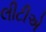
લીટીએ